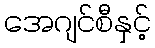
အေဂျင်စီနှင့်